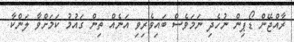
ރާއްޖޭން ޑޯޕިން ނުހެދި ނަމަވެސް ބައިވެރިވި އަނެއް ތިން ގައުމު ކަމަށްވާ ލަންކާ